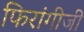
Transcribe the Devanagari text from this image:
फिरांगीजी